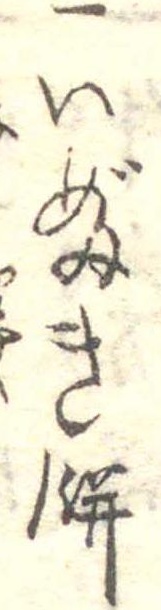
一いぶき餅